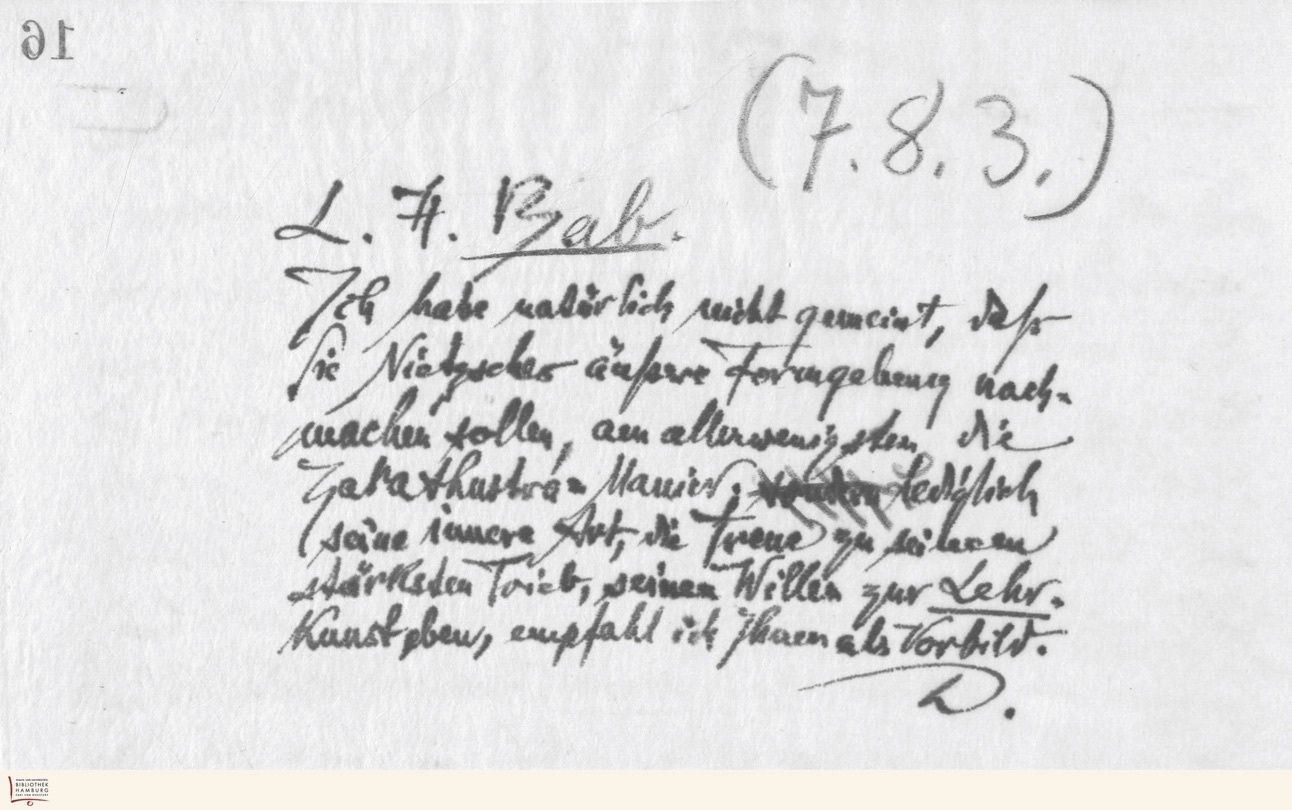
16

(7.8.3.)
L. H. Bab.
Ich habe natürlich nicht gemeint, daß
Sie Nietzsches äußere Formgebung nach-
machen sollen, am allerwenigsten die
Zarathustra=Manier; sondern Lediglich
seine innere Art, die Treue zu seinem
stärksten Trieb, seinen Willen zur Lehr-
Kunst eben, empfahl ich Ihnen als Vorbild.
D.